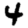
Digit: 4